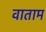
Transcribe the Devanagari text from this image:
वाताम